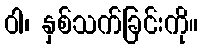
ဝါ၊ နှစ်သက်ခြင်းကို။